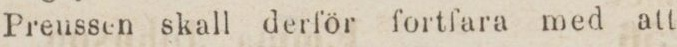
Preussen skall derför fortfara med att